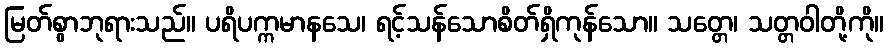
မြတ်စွာဘုရားသည်။ ပရိပက္ကမာနသေ၊ ရင့်သန်သောစိတ်ရှိကုန်သော။ သတ္တေ၊ သတ္တဝါတို့ကို။